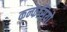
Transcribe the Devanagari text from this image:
कन्फेसियो